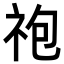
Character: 𫀆